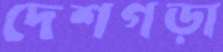
দেশগড়া